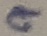
Text: 9